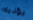
يؤذيك